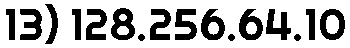
13) 128.256.64.10